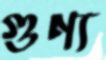
গুণ্য